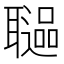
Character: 𦗻